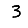
Digit: 3